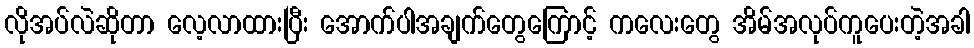
လိုအပ်လဲဆိုတာ လေ့လာထားပြီး အောက်ပါအချက်တွေကြောင့် ကလေးတွေ အိမ်အလုပ်ကူပေးတဲ့အခါ